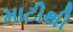
માટીથી